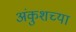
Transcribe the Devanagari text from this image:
अंकुशच्या